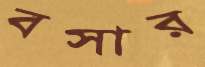
বসার